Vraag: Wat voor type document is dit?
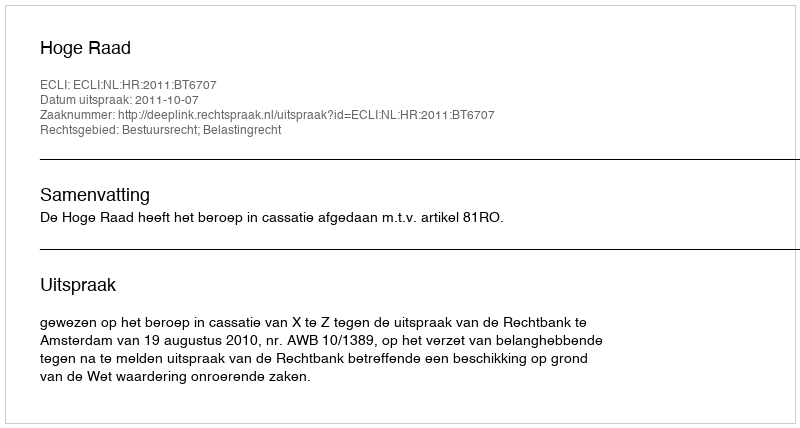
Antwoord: Uitspraak